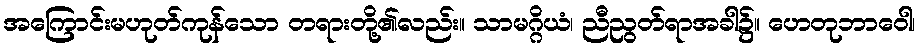
အကြောင်းမဟုတ်ကုန်သော တရားတို့၏လည်း။ သာမဂ္ဂိယံ၊ ညီညွတ်ရာအခါ၌။ ဟေတုဘာဝေါ၊